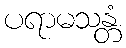
ပရာမသန္တံ